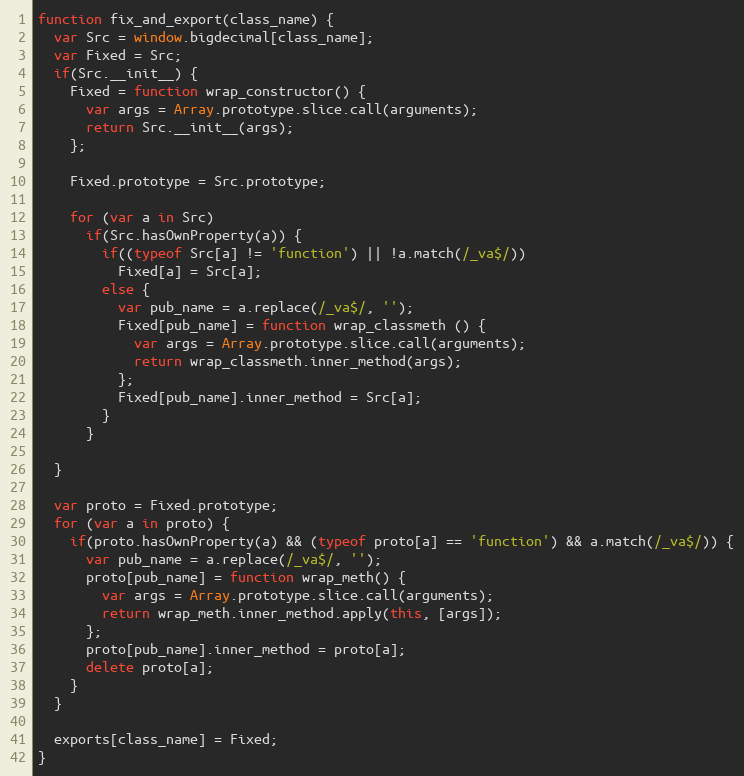
Language: JavaScript
function fix_and_export(class_name) {
  var Src = window.bigdecimal[class_name];
  var Fixed = Src;
  if(Src.__init__) {
    Fixed = function wrap_constructor() {
      var args = Array.prototype.slice.call(arguments);
      return Src.__init__(args);
    };

    Fixed.prototype = Src.prototype;

    for (var a in Src)
      if(Src.hasOwnProperty(a)) {
        if((typeof Src[a] != 'function') || !a.match(/_va$/))
          Fixed[a] = Src[a];
        else {
          var pub_name = a.replace(/_va$/, '');
          Fixed[pub_name] = function wrap_classmeth () {
            var args = Array.prototype.slice.call(arguments);
            return wrap_classmeth.inner_method(args);
          };
          Fixed[pub_name].inner_method = Src[a];
        }
      }

  }

  var proto = Fixed.prototype;
  for (var a in proto) {
    if(proto.hasOwnProperty(a) && (typeof proto[a] == 'function') && a.match(/_va$/)) {
      var pub_name = a.replace(/_va$/, '');
      proto[pub_name] = function wrap_meth() {
        var args = Array.prototype.slice.call(arguments);
        return wrap_meth.inner_method.apply(this, [args]);
      };
      proto[pub_name].inner_method = proto[a];
      delete proto[a];
    }
  }

  exports[class_name] = Fixed;
}